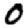
Digit: 0